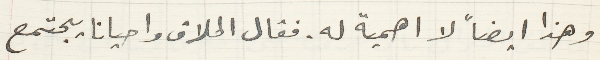
وهذا ايضاً لا اهمية له. فقال الحلاق واحياناً يجتمع